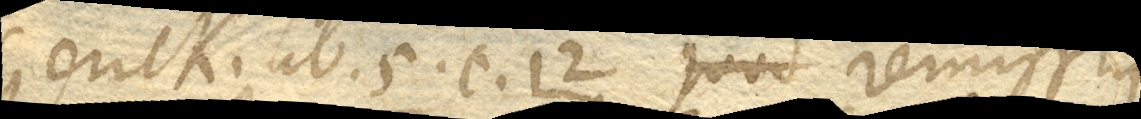
Gerick. lib. 5. c. 12 Remissius